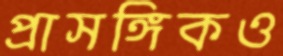
প্রাসঙ্গিকও